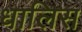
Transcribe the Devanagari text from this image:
धालिस